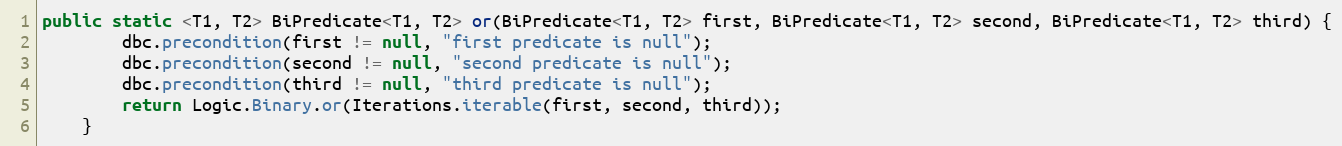
Language: Java
public static <T1, T2> BiPredicate<T1, T2> or(BiPredicate<T1, T2> first, BiPredicate<T1, T2> second, BiPredicate<T1, T2> third) {
        dbc.precondition(first != null, "first predicate is null");
        dbc.precondition(second != null, "second predicate is null");
        dbc.precondition(third != null, "third predicate is null");
        return Logic.Binary.or(Iterations.iterable(first, second, third));
    }